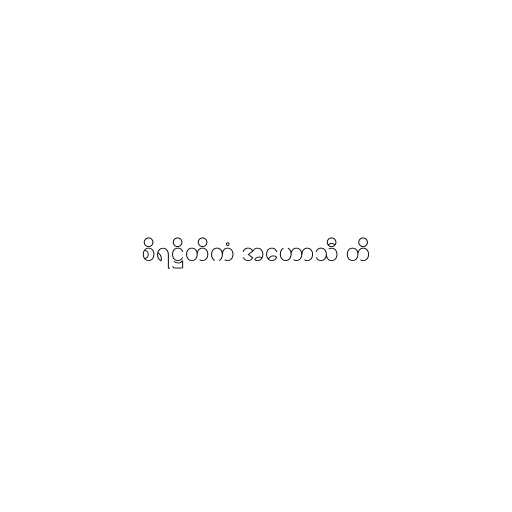
စိရဋ္ဌိတိကံ အဟောသီ တိ